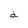
Character: d